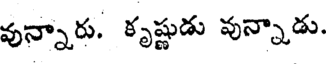
వున్నారు. కృష్ణుడు వున్నాడు.